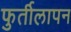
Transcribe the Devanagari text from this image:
फुर्तीलापन